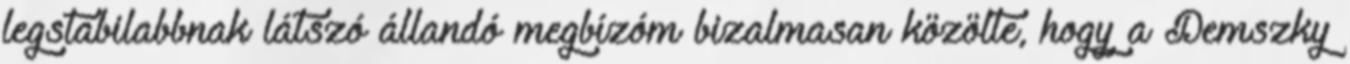
legstabilabbnak látszó állandó megbízóm bizalmasan közölte, hogy a Demszky